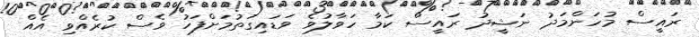
ރައީސް މުހަންމަދު ނަޝީދު ރައީސް ކަމާ ހަވާލުވެ ވަޑައިގަތުމަށްފަހު ވެސް ކުރެއްވި އެއް